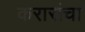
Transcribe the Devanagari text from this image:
करारांचा